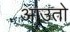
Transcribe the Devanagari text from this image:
आउतो